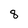
Character: 8